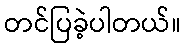
တင်ပြခဲ့ပါတယ်။